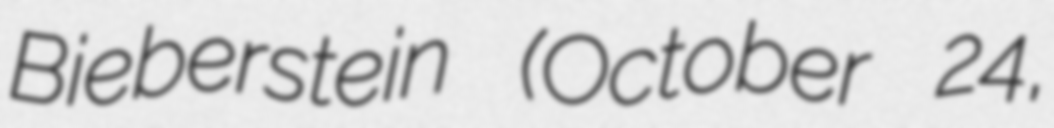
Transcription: Bieberstein (October 24,